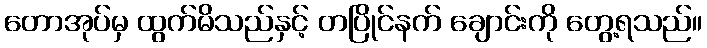
တောအုပ်မှ ထွက်မိသည်နှင့် တပြိုင်နက် ချောင်းကို တွေ့ရသည်။